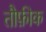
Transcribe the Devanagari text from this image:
तौफ़ीक